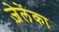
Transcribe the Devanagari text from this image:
ज़ेलेंका